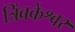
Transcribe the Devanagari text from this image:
त्रिंबकेश्वर